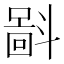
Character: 𪯮